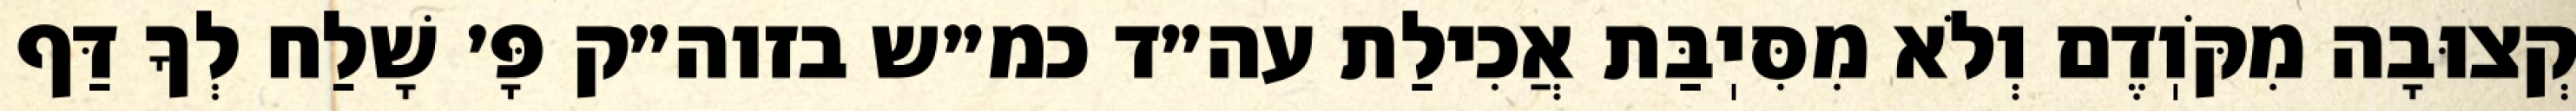
קְצוּבָה מִקֹּוֽדֶם וְלֹא מִסִּיֽבַּת אֲכִילַת עה״ד כמ״ש בזוה״ק פָּ׳ שָׁלַח לְךָ דַּף